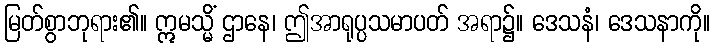
မြတ်စွာဘုရား၏။ ဣမသ္မိံ ဌာနေ၊ ဤအာရုပ္ပသမာပတ် အရာ၌။ ဒေသနံ၊ ဒေသနာကို။